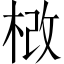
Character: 𣒵